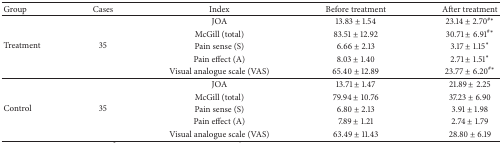
<table><thead><tr><td><b>Group</b></td><td><b>Cases</b></td><td><b>Index</b></td><td><b>Before treatment</b></td><td><b>After treatment</b></td></tr></thead><tbody><tr><td rowspan="5">Treatment</td><td rowspan="5">35</td><td>JOA</td><td>13.83 ± 1.54</td><td>23.14 ± 2.70<sup>#<i>∗</i></sup></td></tr><tr><td>McGill (total)</td><td>83.51 ± 12.92</td><td>30.71 ± 6.91<sup>#<i>∗</i></sup></td></tr><tr><td>Pain sense (S)</td><td>6.66 ± 2.13</td><td>3.17 ± 1.15<sup><i>∗</i></sup></td></tr><tr><td>Pain effect (A)</td><td>8.03 ± 1.40</td><td>2.71 ± 1.51<sup><i>∗</i></sup></td></tr><tr><td>Visual analogue scale (VAS)</td><td>65.40 ± 12.89</td><td>23.77 ± 6.20<sup>#<i>∗</i></sup></td></tr><tr><td rowspan="5">Control</td><td rowspan="5">35</td><td>JOA</td><td>13.71 ± 1.47</td><td>21.89 ± 2.25</td></tr><tr><td>McGill (total)</td><td>79.94 ± 10.76</td><td>37.23 ± 6.90</td></tr><tr><td>Pain sense (S)</td><td>6.80 ± 2.13</td><td>3.91 ± 1.98</td></tr><tr><td>Pain effect (A)</td><td>7.89 ± 1.21</td><td>2.74 ± 1.79</td></tr><tr><td>Visual analogue scale (VAS)</td><td>63.49 ± 11.43</td><td>28.80 ± 6.19</td></tr></tbody></table>